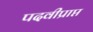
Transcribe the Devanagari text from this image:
पदवीप्राप्त